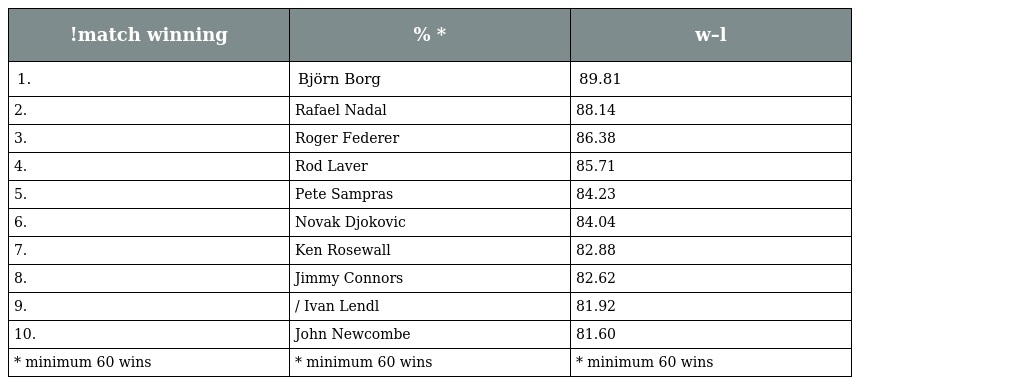
| !match winning | % * | w–l |
 | --- | --- | --- |
 | 1. | Björn Borg | 89.81 |
 | 2. | Rafael Nadal | 88.14 |
 | 3. | Roger Federer | 86.38 |
 | 4. | Rod Laver | 85.71 |
 | 5. | Pete Sampras | 84.23 |
 | 6. | Novak Djokovic | 84.04 |
 | 7. | Ken Rosewall | 82.88 |
 | 8. | Jimmy Connors | 82.62 |
 | 9. | / Ivan Lendl | 81.92 |
 | 10. | John Newcombe | 81.60 |
 | * minimum 60 wins | * minimum 60 wins | * minimum 60 wins |